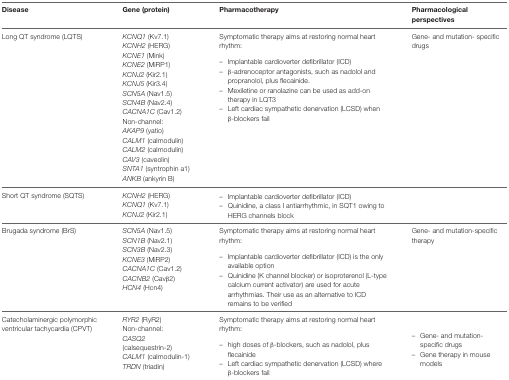
| Disease | Gene (protein) | Pharmacotherapy | Pharmacological perspectives |
 | --- | --- | --- | --- |
 | Long QT syndrome (LQTS) | KCNQ1 (Kv7.1) KCNH2 (HERG) KCNE1 (Mink) KCNE2 (MiRP1) KCNJ2 (Kir2.1) KCNJ5 (Kir3.4) SCN5A (Nav1.5) SCN4B (Nav2.4) CACNA1C (Cav1.2) Non-channel: AKAP9 (yatio) CALM1 (calmodulin) CALM2 (calmodulin) CAV3 (caveolin) SNTA1 (syntrophin a1) ANKB (ankyrin B) | Symptomatic therapy aims at restoring normal heart rhythm:– Implantable cardioverter defibrillator (ICD)– β-adrenoceptor antagonists, such as nadolol and propranolol, plus flecainide.– Mexiletine or ranolazine can be used as add-on therapy in LQT3– Left cardiac sympathetic denervation (LCSD) when β-blockers fail | Gene- and mutation- specific drugs |
 | Short QT syndrome (SQTS) | KCNH2 (HERG) KCNQ1 (Kv7.1) KCNJ2 (Kir2.1) | – Implantable cardioverter defibrillator (ICD)– Quinidine, a class I antiarrhythmic, in SQT1 owing to HERG channels block |  |
 | Brugada syndrome (BrS) | SCN5A (Nav1.5) SCN1B (Nav2.1) SCN3B (Nav2.3) KCNE3 (MiRP2) CACNA1C (Cav1.2) CACNB2 (Cavβ2) HCN4 (Hcn4) | Symptomatic therapy aims at restoring normal heart rhythm:– Implantable cardioverter defibrillator (ICD) is the only available option– Quinidine (K channel blocker) or isoproterenol (L-type calcium current activator) are used for acute arrhythmias. Their use as an alternative to ICD remains to be verified | Gene- and mutation-specific therapy |
 | Catecholaminergic polymorphic ventricular tachycardia (CPVT) | RYR2 (RyR2) Non-channel: CASQ2 (calsequestrin-2) CALM1 (calmodulin-1) TRDN (triadin) | Symptomatic therapy aims at restoring normal heart rhythm:– high doses of β-blockers, such as nadolol, plus flecainide– Left cardiac sympathetic denervation (LCSD) where β-blockers fail | – Gene- and mutation- specific drugs– Gene therapy in mouse models |